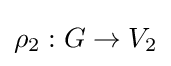
\rho _{2}:G\to V_{2}